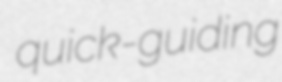
quick-guiding